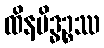
ထိနမိဒ္ဓဉ္စဿ